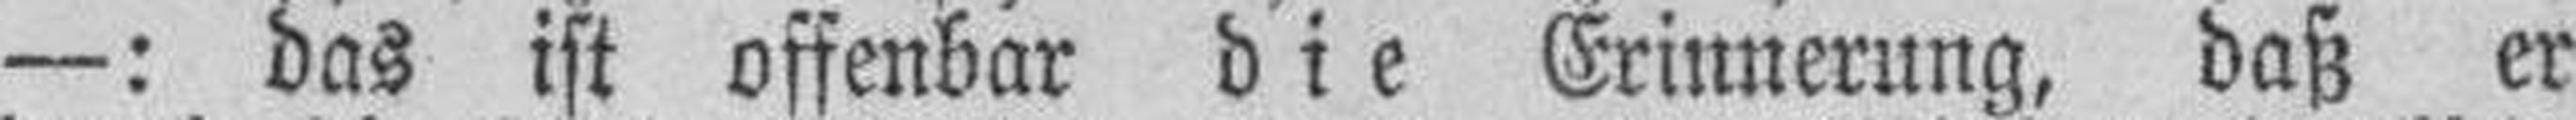
—: das ist offenbar die Erinnerung, daß er